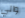
والي